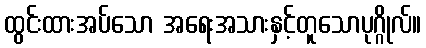
ထွင်းထားအပ်သော အရေးအသားနှင့်တူသောပုဂ္ဂိုလ်။